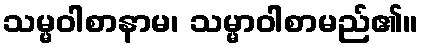
သမ္မဝါစာနာမ၊ သမ္မာဝါစာမည်၏။